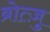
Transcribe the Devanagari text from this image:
ब्रोत्ज़ु